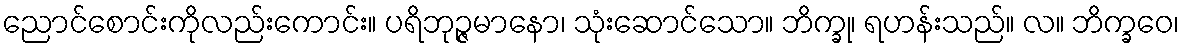
ညောင်စောင်းကိုလည်းကောင်း။ ပရိဘုဉ္ဇမာနော၊ သုံးဆောင်သော။ ဘိက္ခု၊ ရဟန်းသည်။ လ။ ဘိက္ခဝေ၊